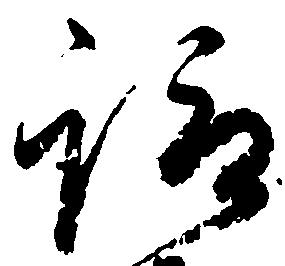
諏